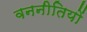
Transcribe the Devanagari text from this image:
वननीतियों